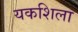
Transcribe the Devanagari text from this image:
यकशिला